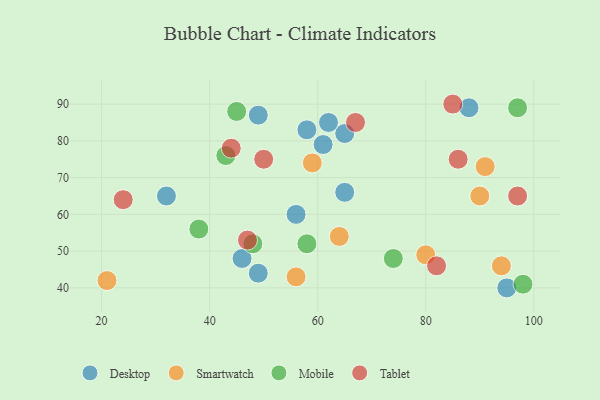
{"axis": {"x": "GDP", "y": "Life Expectancy"}, "legend": ["Desktop", "Mobile", "Smartwatch", "Tablet"], "data": [{"x": "32", "y": 65, "type": "Desktop"}, {"x": "46", "y": 48, "type": "Desktop"}, {"x": "49", "y": 87, "type": "Desktop"}, {"x": "65", "y": 82, "type": "Desktop"}, {"x": "61", "y": 79, "type": "Desktop"}, {"x": "88", "y": 89, "type": "Desktop"}, {"x": "49", "y": 44, "type": "Desktop"}, {"x": "56", "y": 60, "type": "Desktop"}, {"x": "58", "y": 83, "type": "Desktop"}, {"x": "95", "y": 40, "type": "Desktop"}, {"x": "65", "y": 66, "type": "Desktop"}, {"x": "62", "y": 85, "type": "Desktop"}, {"x": "59", "y": 74, "type": "Smartwatch"}, {"x": "90", "y": 65, "type": "Smartwatch"}, {"x": "56", "y": 43, "type": "Smartwatch"}, {"x": "21", "y": 42, "type": "Smartwatch"}, {"x": "94", "y": 46, "type": "Smartwatch"}, {"x": "64", "y": 54, "type": "Smartwatch"}, {"x": "91", "y": 73, "type": "Smartwatch"}, {"x": "80", "y": 49, "type": "Smartwatch"}, {"x": "48", "y": 52, "type": "Mobile"}, {"x": "58", "y": 52, "type": "Mobile"}, {"x": "98", "y": 41, "type": "Mobile"}, {"x": "43", "y": 76, "type": "Mobile"}, {"x": "97", "y": 89, "type": "Mobile"}, {"x": "74", "y": 48, "type": "Mobile"}, {"x": "45", "y": 88, "type": "Mobile"}, {"x": "38", "y": 56, "type": "Mobile"}, {"x": "67", "y": 85, "type": "Tablet"}, {"x": "86", "y": 75, "type": "Tablet"}, {"x": "44", "y": 78, "type": "Tablet"}, {"x": "24", "y": 64, "type": "Tablet"}, {"x": "82", "y": 46, "type": "Tablet"}, {"x": "50", "y": 75, "type": "Tablet"}, {"x": "85", "y": 90, "type": "Tablet"}, {"x": "47", "y": 53, "type": "Tablet"}, {"x": "97", "y": 65, "type": "Tablet"}]}